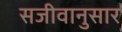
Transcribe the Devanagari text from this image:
सजीवानुसार